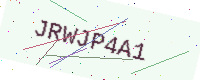
Text: JRWJP4A1